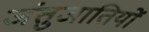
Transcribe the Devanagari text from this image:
जंतुजातियों